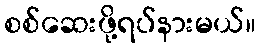
စစ်ဆေးဖို့ရပ်နားမယ်။